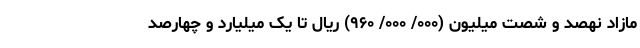
مازاد نهصد و شصت میلیون (۰۰۰/ ۰۰۰/ ۹۶۰) ریال تا یک میلیارد و چهارصد